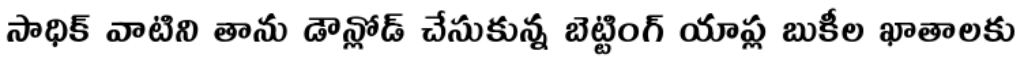
సాధిక్ వాటిని తాను డౌన్లోడ్ చేసుకున్న బెట్టింగ్ యాప్ల బుకీల ఖాతాలకు